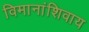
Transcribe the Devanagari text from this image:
विमानांशिवाय